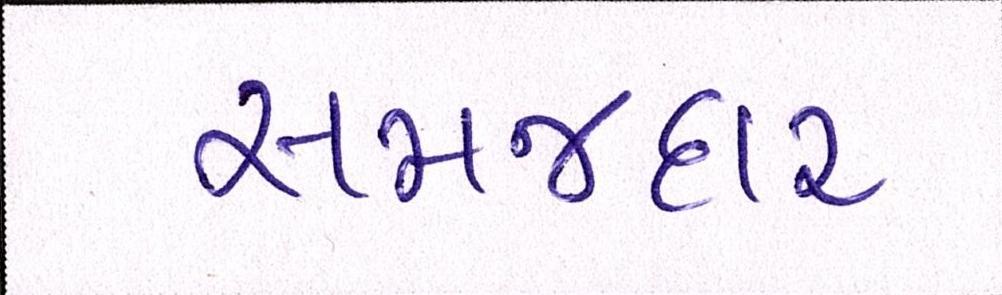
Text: સમજદાર